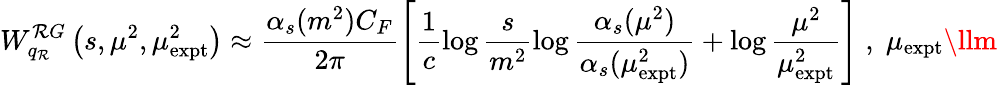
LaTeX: W_{q_{\mathcal{R}}}^{\mathcal{R}G}\left(s,\mu^{2},\mu_{\mathrm{{expt}}}^{2}\right)\approx\frac{{\alpha_{s}(m^{2})C_{F}}}{{2\pi}}\left[\frac{{1}}{{c}}\log\frac{{s}}{{m^{2}}}\log\frac{{\alpha_{s}(\mu^{2})}}{{\alpha_{s}(\mu_{\mathrm{{expt}}}^{2})}}+\log\frac{{\mu^{2}}}{{\mu_{\mathrm{{expt}}}^{2}}}\right]\; ,\; \mu_{\mathrm{{expt}}}\llm